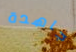
جاهدة